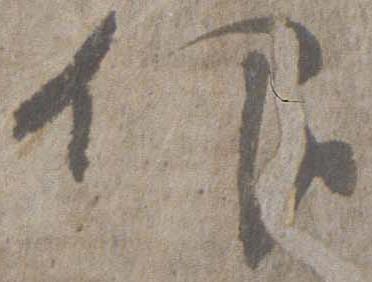
仰